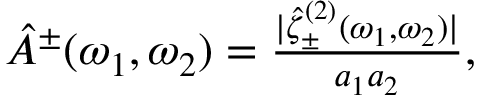
\begin{array} { r } { { \hat { A } } ^ { \pm } ( \omega _ { 1 } , \omega _ { 2 } ) = \frac { | \hat { \zeta } _ { \pm } ^ { ( 2 ) } ( \omega _ { 1 } , \omega _ { 2 } ) | } { a _ { 1 } a _ { 2 } } , } \end{array}